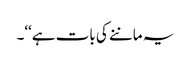
یہ ماننے کی بات ہے‘‘۔